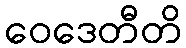
ဝေဒေတီတိ